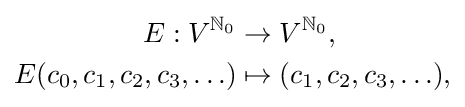
{\begin{aligned}E:V^{\mathbb {N} _{0}}&\to V^{\mathbb {N} _{0}},\\E(c_{0},c_{1},c_{2},c_{3},\ldots )&\mapsto (c_{1},c_{2},c_{3},\ldots ),\\\end{aligned}}